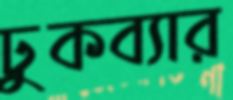
ঢুকব্যার